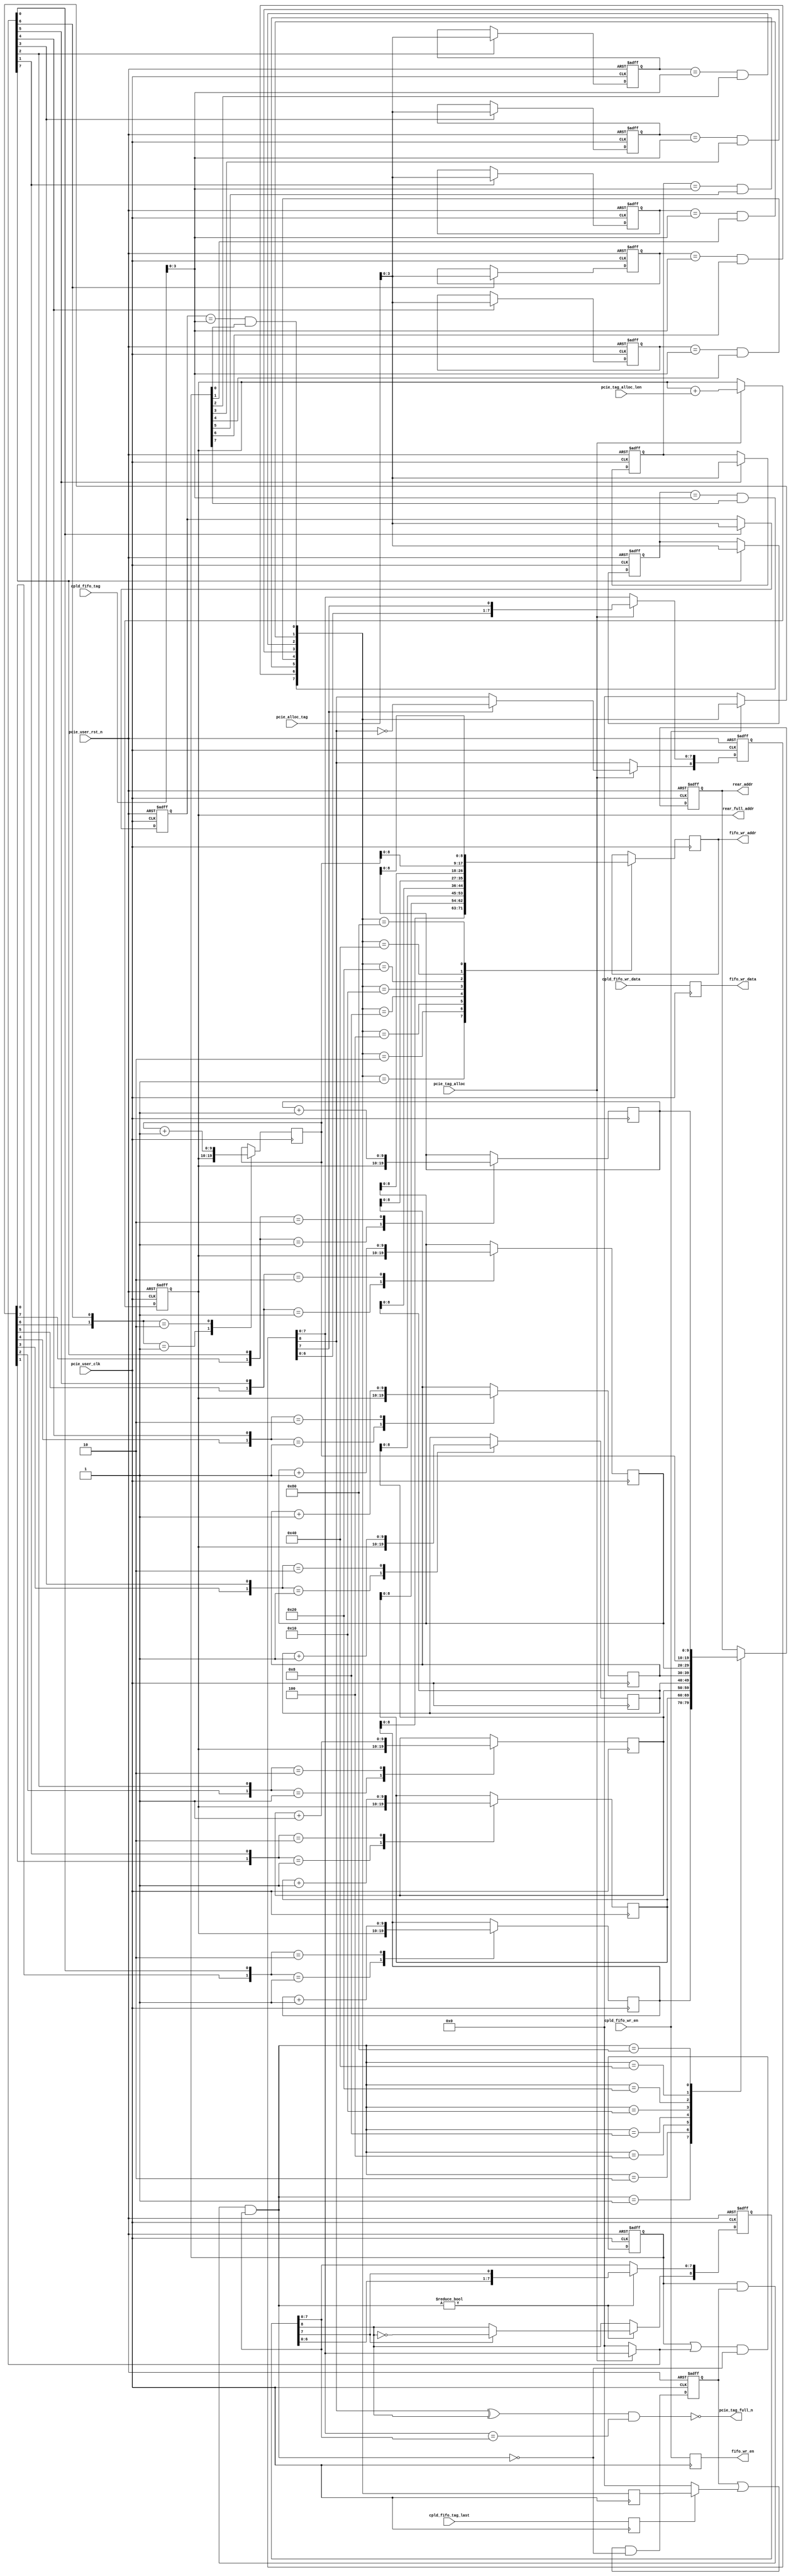

/*
----------------------------------------------------------------------------------
Copyright (c) 2013-2014

  Embedded and Network Computing Lab.
  Open SSD Project
  Hanyang University

All rights reserved.

----------------------------------------------------------------------------------

Redistribution and use in source and binary forms, with or without
modification, are permitted provided that the following conditions are
met:

  1. Redistributions of source code must retain the above copyright
     notice, this list of conditions and the following disclaimer.

  2. Redistributions in binary form must reproduce the above copyright
     notice, this list of conditions and the following disclaimer in the
     documentation and/or other materials provided with the distribution.

  3. All advertising materials mentioning features or use of this source code
     must display the following acknowledgement:
     This product includes source code developed 
     by the Embedded and Network Computing Lab. and the Open SSD Project.

THIS SOFTWARE IS PROVIDED BY THE COPYRIGHT HOLDERS AND CONTRIBUTORS "AS IS" AND
ANY EXPRESS OR IMPLIED WARRANTIES, INCLUDING, BUT NOT LIMITED TO, THE IMPLIED
WARRANTIES OF MERCHANTABILITY AND FITNESS FOR A PARTICULAR PURPOSE ARE
DISCLAIMED. IN NO EVENT SHALL THE COPYRIGHT OWNER OR CONTRIBUTORS BE LIABLE FOR
ANY DIRECT, INDIRECT, INCIDENTAL, SPECIAL, EXEMPLARY, OR CONSEQUENTIAL DAMAGES
(INCLUDING, BUT NOT LIMITED TO, PROCUREMENT OF SUBSTITUTE GOODS OR SERVICES;
LOSS OF USE, DATA, OR PROFITS; OR BUSINESS INTERRUPTION) HOWEVER CAUSED AND
ON ANY THEORY OF LIABILITY, WHETHER IN CONTRACT, STRICT LIABILITY, OR TORT
(INCLUDING NEGLIGENCE OR OTHERWISE) ARISING IN ANY WAY OUT OF THE USE OF THIS
SOFTWARE, EVEN IF ADVISED OF THE POSSIBILITY OF SUCH DAMAGE.

----------------------------------------------------------------------------------

http://enclab.hanyang.ac.kr/
http://www.openssd-project.org/
http://www.hanyang.ac.kr/

----------------------------------------------------------------------------------
*/


`timescale 1ns / 1ps


module pcie_rx_tag # (
	parameter	C_PCIE_DATA_WIDTH			= 128,
	parameter	P_FIFO_DEPTH_WIDTH			= 9
)
(
	input									pcie_user_clk,
	input									pcie_user_rst_n,

	input									pcie_tag_alloc,
	input	[7:0]							pcie_alloc_tag,
	input	[9:4]							pcie_tag_alloc_len,
	output									pcie_tag_full_n,

	input	[7:0]							cpld_fifo_tag,
	input	[C_PCIE_DATA_WIDTH-1:0]			cpld_fifo_wr_data,
	input									cpld_fifo_wr_en,
	input									cpld_fifo_tag_last,


	output									fifo_wr_en,
	output	[P_FIFO_DEPTH_WIDTH-1:0]		fifo_wr_addr,
	output	[C_PCIE_DATA_WIDTH-1:0]			fifo_wr_data,
	output	[P_FIFO_DEPTH_WIDTH:0]			rear_full_addr,
	output	[P_FIFO_DEPTH_WIDTH:0]			rear_addr

);

localparam	LP_PCIE_TAG_PREFIX				= 4'b0001;
localparam	LP_PCIE_TAG_WITDH				= 4;
localparam	LP_NUM_OF_PCIE_TAG				= 8;

reg		[LP_NUM_OF_PCIE_TAG:0]				r_pcie_tag_rear;
reg		[LP_NUM_OF_PCIE_TAG:0]				r_pcie_tag_front;
reg		[P_FIFO_DEPTH_WIDTH:0]				r_alloc_base_addr;

reg		[LP_PCIE_TAG_WITDH-1:0]				r_pcie_tag [LP_NUM_OF_PCIE_TAG-1:0];
reg		[P_FIFO_DEPTH_WIDTH:0]				r_pcie_tag_addr [LP_NUM_OF_PCIE_TAG-1:0];

(* KEEP = "TRUE", EQUIVALENT_REGISTER_REMOVAL = "NO" *)	reg		[C_PCIE_DATA_WIDTH-1:0]				r_cpld_fifo_wr_data;
reg											r_cpld_fifo_wr_en;
reg											r_cpld_fifo_tag_last;

wire	[LP_NUM_OF_PCIE_TAG-1:0]			w_pcie_tag_hit;
reg		[LP_NUM_OF_PCIE_TAG-1:0]			r_pcie_tag_hit;

reg		[LP_NUM_OF_PCIE_TAG-1:0]			r_pcie_tag_alloc_mask;
reg		[LP_NUM_OF_PCIE_TAG-1:0]			r_pcie_tag_update_mask;
reg		[LP_NUM_OF_PCIE_TAG-1:0]			r_pcie_tag_invalid_mask;
reg		[LP_NUM_OF_PCIE_TAG-1:0]			r_pcie_tag_free_mask;

reg		[LP_NUM_OF_PCIE_TAG-1:0]			r_pcie_tag_valid;
reg		[LP_NUM_OF_PCIE_TAG-1:0]			r_pcie_tag_invalid;

reg		[P_FIFO_DEPTH_WIDTH:0]				r_rear_addr;

reg		[P_FIFO_DEPTH_WIDTH-1:0]			r_fifo_wr_addr;

assign pcie_tag_full_n = ~((r_pcie_tag_rear[LP_NUM_OF_PCIE_TAG] ^ r_pcie_tag_front[LP_NUM_OF_PCIE_TAG])
							& (r_pcie_tag_rear[LP_NUM_OF_PCIE_TAG-1:0] == r_pcie_tag_front[LP_NUM_OF_PCIE_TAG-1:0]));

assign fifo_wr_en = r_cpld_fifo_wr_en;
assign fifo_wr_addr = r_fifo_wr_addr;
assign fifo_wr_data = r_cpld_fifo_wr_data;
assign rear_full_addr = r_alloc_base_addr;
assign rear_addr = r_rear_addr;

always @ (posedge pcie_user_clk or negedge pcie_user_rst_n)
begin
	if(pcie_user_rst_n == 0) begin
		r_pcie_tag_rear <= 1;
		r_alloc_base_addr <= 0;
		r_pcie_tag[0] <= {LP_PCIE_TAG_WITDH{1'b1}};
		r_pcie_tag[1] <= {LP_PCIE_TAG_WITDH{1'b1}};
		r_pcie_tag[2] <= {LP_PCIE_TAG_WITDH{1'b1}};
		r_pcie_tag[3] <= {LP_PCIE_TAG_WITDH{1'b1}};
		r_pcie_tag[4] <= {LP_PCIE_TAG_WITDH{1'b1}};
		r_pcie_tag[5] <= {LP_PCIE_TAG_WITDH{1'b1}};
		r_pcie_tag[6] <= {LP_PCIE_TAG_WITDH{1'b1}};
		r_pcie_tag[7] <= {LP_PCIE_TAG_WITDH{1'b1}};
	end
	else begin
		if(pcie_tag_alloc == 1) begin
			r_pcie_tag_rear[LP_NUM_OF_PCIE_TAG-1:0] <= {r_pcie_tag_rear[LP_NUM_OF_PCIE_TAG-2:0], r_pcie_tag_rear[LP_NUM_OF_PCIE_TAG-1]};
			r_alloc_base_addr <= r_alloc_base_addr + pcie_tag_alloc_len;
			if(r_pcie_tag_rear[LP_NUM_OF_PCIE_TAG-1] == 1)
				r_pcie_tag_rear[LP_NUM_OF_PCIE_TAG] <= ~r_pcie_tag_rear[LP_NUM_OF_PCIE_TAG];
		end
		
		if(r_pcie_tag_alloc_mask[0])
			r_pcie_tag[0] <= pcie_alloc_tag[LP_PCIE_TAG_WITDH-1:0];
		if(r_pcie_tag_alloc_mask[1])
			r_pcie_tag[1] <= pcie_alloc_tag[LP_PCIE_TAG_WITDH-1:0];
		if(r_pcie_tag_alloc_mask[2])
			r_pcie_tag[2] <= pcie_alloc_tag[LP_PCIE_TAG_WITDH-1:0];
		if(r_pcie_tag_alloc_mask[3])
			r_pcie_tag[3] <= pcie_alloc_tag[LP_PCIE_TAG_WITDH-1:0];
		if(r_pcie_tag_alloc_mask[4])
			r_pcie_tag[4] <= pcie_alloc_tag[LP_PCIE_TAG_WITDH-1:0];
		if(r_pcie_tag_alloc_mask[5])
			r_pcie_tag[5] <= pcie_alloc_tag[LP_PCIE_TAG_WITDH-1:0];
		if(r_pcie_tag_alloc_mask[6])
			r_pcie_tag[6] <= pcie_alloc_tag[LP_PCIE_TAG_WITDH-1:0];
		if(r_pcie_tag_alloc_mask[7])
			r_pcie_tag[7] <= pcie_alloc_tag[LP_PCIE_TAG_WITDH-1:0];
	end
end

always @ (*)
begin
	if(pcie_tag_alloc == 1)
		r_pcie_tag_alloc_mask <= r_pcie_tag_rear[LP_NUM_OF_PCIE_TAG-1:0];
	else
		r_pcie_tag_alloc_mask <= 0;

	if(cpld_fifo_wr_en == 1)
		r_pcie_tag_update_mask <= w_pcie_tag_hit;
	else
		r_pcie_tag_update_mask <= 0;

	if(r_cpld_fifo_tag_last == 1)
		r_pcie_tag_invalid_mask <= r_pcie_tag_hit;
	else
		r_pcie_tag_invalid_mask <= 0;

	r_pcie_tag_free_mask <= r_pcie_tag_valid & r_pcie_tag_invalid & r_pcie_tag_front[LP_NUM_OF_PCIE_TAG-1:0];
end

always @ (posedge pcie_user_clk)
begin
	case({r_pcie_tag_update_mask[0], r_pcie_tag_alloc_mask[0]}) // synthesis parallel_case
		2'b01: r_pcie_tag_addr[0] <= r_alloc_base_addr;
		2'b10: r_pcie_tag_addr[0] <= r_pcie_tag_addr[0] + 1;
	endcase

	case({r_pcie_tag_update_mask[1], r_pcie_tag_alloc_mask[1]}) // synthesis parallel_case
		2'b01: r_pcie_tag_addr[1] <= r_alloc_base_addr;
		2'b10: r_pcie_tag_addr[1] <= r_pcie_tag_addr[1] + 1;
	endcase

	case({r_pcie_tag_update_mask[2], r_pcie_tag_alloc_mask[2]}) // synthesis parallel_case
		2'b01: r_pcie_tag_addr[2] <= r_alloc_base_addr;
		2'b10: r_pcie_tag_addr[2] <= r_pcie_tag_addr[2] + 1;
	endcase

	case({r_pcie_tag_update_mask[3], r_pcie_tag_alloc_mask[3]}) // synthesis parallel_case
		2'b01: r_pcie_tag_addr[3] <= r_alloc_base_addr;
		2'b10: r_pcie_tag_addr[3] <= r_pcie_tag_addr[3] + 1;
	endcase

	case({r_pcie_tag_update_mask[4], r_pcie_tag_alloc_mask[4]}) // synthesis parallel_case
		2'b01: r_pcie_tag_addr[4] <= r_alloc_base_addr;
		2'b10: r_pcie_tag_addr[4] <= r_pcie_tag_addr[4] + 1;
	endcase

	case({r_pcie_tag_update_mask[5], r_pcie_tag_alloc_mask[5]}) // synthesis parallel_case
		2'b01: r_pcie_tag_addr[5] <= r_alloc_base_addr;
		2'b10: r_pcie_tag_addr[5] <= r_pcie_tag_addr[5] + 1;
	endcase

	case({r_pcie_tag_update_mask[6], r_pcie_tag_alloc_mask[6]}) // synthesis parallel_case
		2'b01: r_pcie_tag_addr[6] <= r_alloc_base_addr;
		2'b10: r_pcie_tag_addr[6] <= r_pcie_tag_addr[6] + 1;
	endcase

	case({r_pcie_tag_update_mask[7], r_pcie_tag_alloc_mask[7]}) // synthesis parallel_case
		2'b01: r_pcie_tag_addr[7] <= r_alloc_base_addr;
		2'b10: r_pcie_tag_addr[7] <= r_pcie_tag_addr[7] + 1;
	endcase
end

assign w_pcie_tag_hit[0] = (r_pcie_tag[0] == cpld_fifo_tag[LP_PCIE_TAG_WITDH-1:0]) & r_pcie_tag_valid[0];
assign w_pcie_tag_hit[1] = (r_pcie_tag[1] == cpld_fifo_tag[LP_PCIE_TAG_WITDH-1:0]) & r_pcie_tag_valid[1];
assign w_pcie_tag_hit[2] = (r_pcie_tag[2] == cpld_fifo_tag[LP_PCIE_TAG_WITDH-1:0]) & r_pcie_tag_valid[2];
assign w_pcie_tag_hit[3] = (r_pcie_tag[3] == cpld_fifo_tag[LP_PCIE_TAG_WITDH-1:0]) & r_pcie_tag_valid[3];
assign w_pcie_tag_hit[4] = (r_pcie_tag[4] == cpld_fifo_tag[LP_PCIE_TAG_WITDH-1:0]) & r_pcie_tag_valid[4];
assign w_pcie_tag_hit[5] = (r_pcie_tag[5] == cpld_fifo_tag[LP_PCIE_TAG_WITDH-1:0]) & r_pcie_tag_valid[5];
assign w_pcie_tag_hit[6] = (r_pcie_tag[6] == cpld_fifo_tag[LP_PCIE_TAG_WITDH-1:0]) & r_pcie_tag_valid[6];
assign w_pcie_tag_hit[7] = (r_pcie_tag[7] == cpld_fifo_tag[LP_PCIE_TAG_WITDH-1:0]) & r_pcie_tag_valid[7];

always @ (posedge pcie_user_clk)
begin
	r_cpld_fifo_tag_last <= cpld_fifo_tag_last;
	r_cpld_fifo_wr_en <= cpld_fifo_wr_en;
	r_cpld_fifo_wr_data <= cpld_fifo_wr_data;
end

always @ (posedge pcie_user_clk)
begin
	r_pcie_tag_hit <= w_pcie_tag_hit;
	
	case(w_pcie_tag_hit) // synthesis parallel_case
		8'b00000001: r_fifo_wr_addr <= r_pcie_tag_addr[0][P_FIFO_DEPTH_WIDTH-1:0];
		8'b00000010: r_fifo_wr_addr <= r_pcie_tag_addr[1][P_FIFO_DEPTH_WIDTH-1:0];
		8'b00000100: r_fifo_wr_addr <= r_pcie_tag_addr[2][P_FIFO_DEPTH_WIDTH-1:0];
		8'b00001000: r_fifo_wr_addr <= r_pcie_tag_addr[3][P_FIFO_DEPTH_WIDTH-1:0];
		8'b00010000: r_fifo_wr_addr <= r_pcie_tag_addr[4][P_FIFO_DEPTH_WIDTH-1:0];
		8'b00100000: r_fifo_wr_addr <= r_pcie_tag_addr[5][P_FIFO_DEPTH_WIDTH-1:0];
		8'b01000000: r_fifo_wr_addr <= r_pcie_tag_addr[6][P_FIFO_DEPTH_WIDTH-1:0];
		8'b10000000: r_fifo_wr_addr <= r_pcie_tag_addr[7][P_FIFO_DEPTH_WIDTH-1:0];
	endcase
end


always @ (posedge pcie_user_clk or negedge pcie_user_rst_n)
begin
	if(pcie_user_rst_n == 0) begin
		r_pcie_tag_front <= 1;
		r_rear_addr <= 0;
		r_pcie_tag_valid <= 0;
		r_pcie_tag_invalid <= 0;
	end
	else begin
		r_pcie_tag_valid <= (r_pcie_tag_valid | r_pcie_tag_alloc_mask) & ~r_pcie_tag_free_mask;
		r_pcie_tag_invalid <= (r_pcie_tag_invalid | r_pcie_tag_invalid_mask) & ~r_pcie_tag_free_mask;

		if(r_pcie_tag_free_mask != 0) begin
			r_pcie_tag_front[LP_NUM_OF_PCIE_TAG-1:0] <= {r_pcie_tag_front[LP_NUM_OF_PCIE_TAG-2:0], r_pcie_tag_front[LP_NUM_OF_PCIE_TAG-1]};
			if(r_pcie_tag_front[LP_NUM_OF_PCIE_TAG-1] == 1)
				r_pcie_tag_front[LP_NUM_OF_PCIE_TAG] <= ~r_pcie_tag_front[LP_NUM_OF_PCIE_TAG];
		end
		
		case(r_pcie_tag_free_mask) // synthesis parallel_case
			8'b00000001: r_rear_addr <= r_pcie_tag_addr[0];
			8'b00000010: r_rear_addr <= r_pcie_tag_addr[1];
			8'b00000100: r_rear_addr <= r_pcie_tag_addr[2];
			8'b00001000: r_rear_addr <= r_pcie_tag_addr[3];
			8'b00010000: r_rear_addr <= r_pcie_tag_addr[4];
			8'b00100000: r_rear_addr <= r_pcie_tag_addr[5];
			8'b01000000: r_rear_addr <= r_pcie_tag_addr[6];
			8'b10000000: r_rear_addr <= r_pcie_tag_addr[7];
		endcase	
	end
end

endmodule